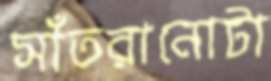
সাঁতরানোটা